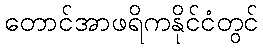
တောင်အာဖရိကနိုင်ငံတွင်